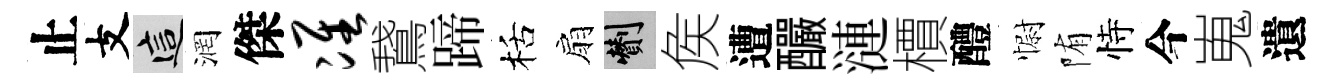
止支這润傑准鵞蹄栝扇剪矦遭釅漣檟醴𢠢陏恃今嵬遺